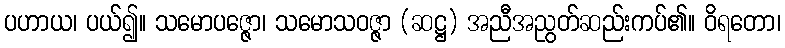
ပဟာယ၊ ပယ်၍။ သမောပဇ္ဇော၊ သမောသဝဇ္ဇာ (ဆဋ္ဌ) အညီအညွတ်ဆည်းကပ်၏။ ဝိရတော၊